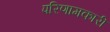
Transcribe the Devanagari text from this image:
परिणामकारी